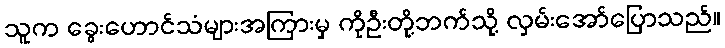
သူက ခွေးဟောင်သံများအကြားမှ ကိုဦးတို့ဘက်သို့ လှမ်းအော်ပြောသည်။